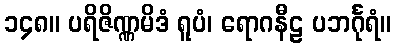
၁၄၈။ ပရိဇိဏ္ဏမိဒံ ရူပံ၊ ရောဂနီဠ ပဘင်္ဂုရံ။